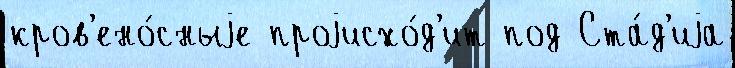
кров'ено́сныjе проjисхо́д'ит под Ста́д'иjа